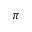
\pi